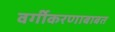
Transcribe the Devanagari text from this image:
वर्गीकरणाबाबत